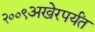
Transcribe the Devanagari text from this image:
२००९अखेरपर्यंत